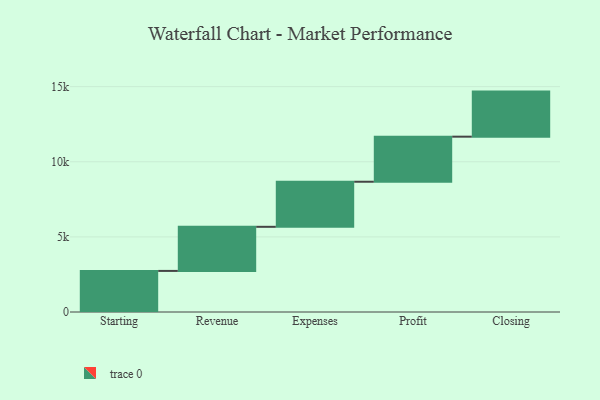
{"axis": {"x": "Step", "y": "Value"}, "legend": [""], "data": [{"x": "Starting", "y": 2735.0, "type": ""}, {"x": "Revenue", "y": 2935.0, "type": ""}, {"x": "Expenses", "y": 3000, "type": ""}, {"x": "Profit", "y": 3000, "type": ""}, {"x": "Closing", "y": 3000, "type": ""}]}